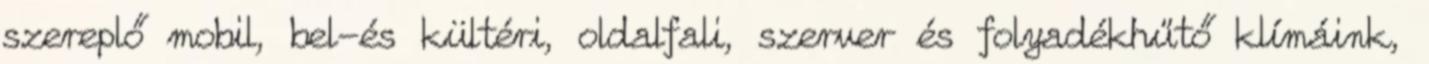
szereplő mobil, bel-és kültéri, oldalfali, szerver és folyadékhűtő klímáink,